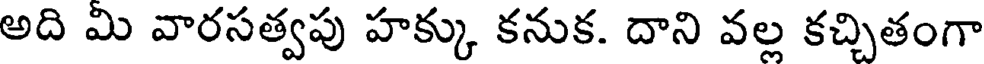
అది మి వారసత్వపు హక్కు కనుక. దాని వల్ల కచ్చితంగా